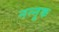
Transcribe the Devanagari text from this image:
नन्नूक